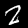
Label: 2